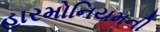
હારમોનિયમની